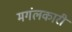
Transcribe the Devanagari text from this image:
मगंलकारी